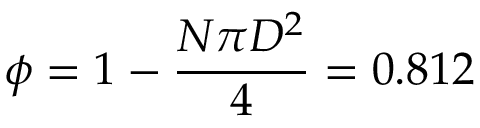
\phi = 1 - \frac { N \pi D ^ { 2 } } { 4 } = 0 . 8 1 2